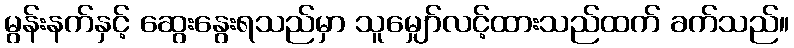
မွန်းနက်နှင့် ဆွေးနွေးရသည်မှာ သူမျှော်လင့်ထားသည်ထက် ခက်သည်။